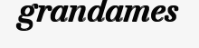
grandames